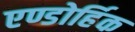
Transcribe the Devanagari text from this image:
एण्डोर्हिक